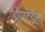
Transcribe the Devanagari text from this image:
ओगदेईला